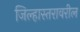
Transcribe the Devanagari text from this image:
जिल्हास्तरावरील